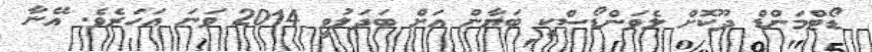
ޑޯޓްމަންޑް ދޫކޮށް ލެވަންޑޯސްކީ ބަޔާން އަށް ބަދަލުވީ 2014 ވަނަ އަހަރެވެ. އޭނާ